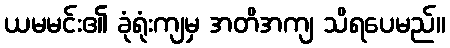
ယမမင်း၏ ခုံရုံးကျမှ အတိအကျ သိရပေမည်။